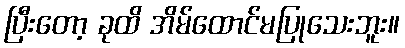
ပြီးတော့ ခုထိ အိမ်ထောင်မပြုသေးဘူး။